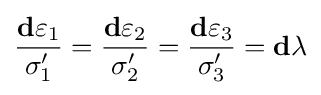
{\frac {\mathbf {d} \varepsilon _{1}}{\sigma '_{1}}}={\frac {\mathbf {d} \varepsilon _{2}}{\sigma '_{2}}}={\frac {\mathbf {d} \varepsilon _{3}}{\sigma '_{3}}}=\mathbf {d} \lambda